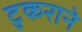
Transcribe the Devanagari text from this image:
टुकराने